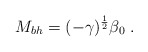
\begin{align*}M_{bh} = (- \gamma)^{\frac{1}{2}} \beta_0 \; .\end{align*}